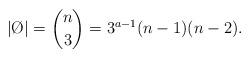
LaTeX: \begin{align*}|\O| = \binom{n}{3} = 3^{a-1}(n-1)(n-2).\end{align*}